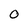
Character: O